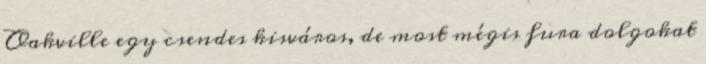
Oakville egy csendes kisváros, de most mégis fura dolgokat